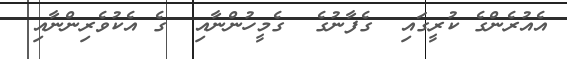
އެއުރެންގެ ކުރީގައި  ގެފާނުގެ  ގެމީހުންނާއި  ގެ އެކުވެރިންނާއި